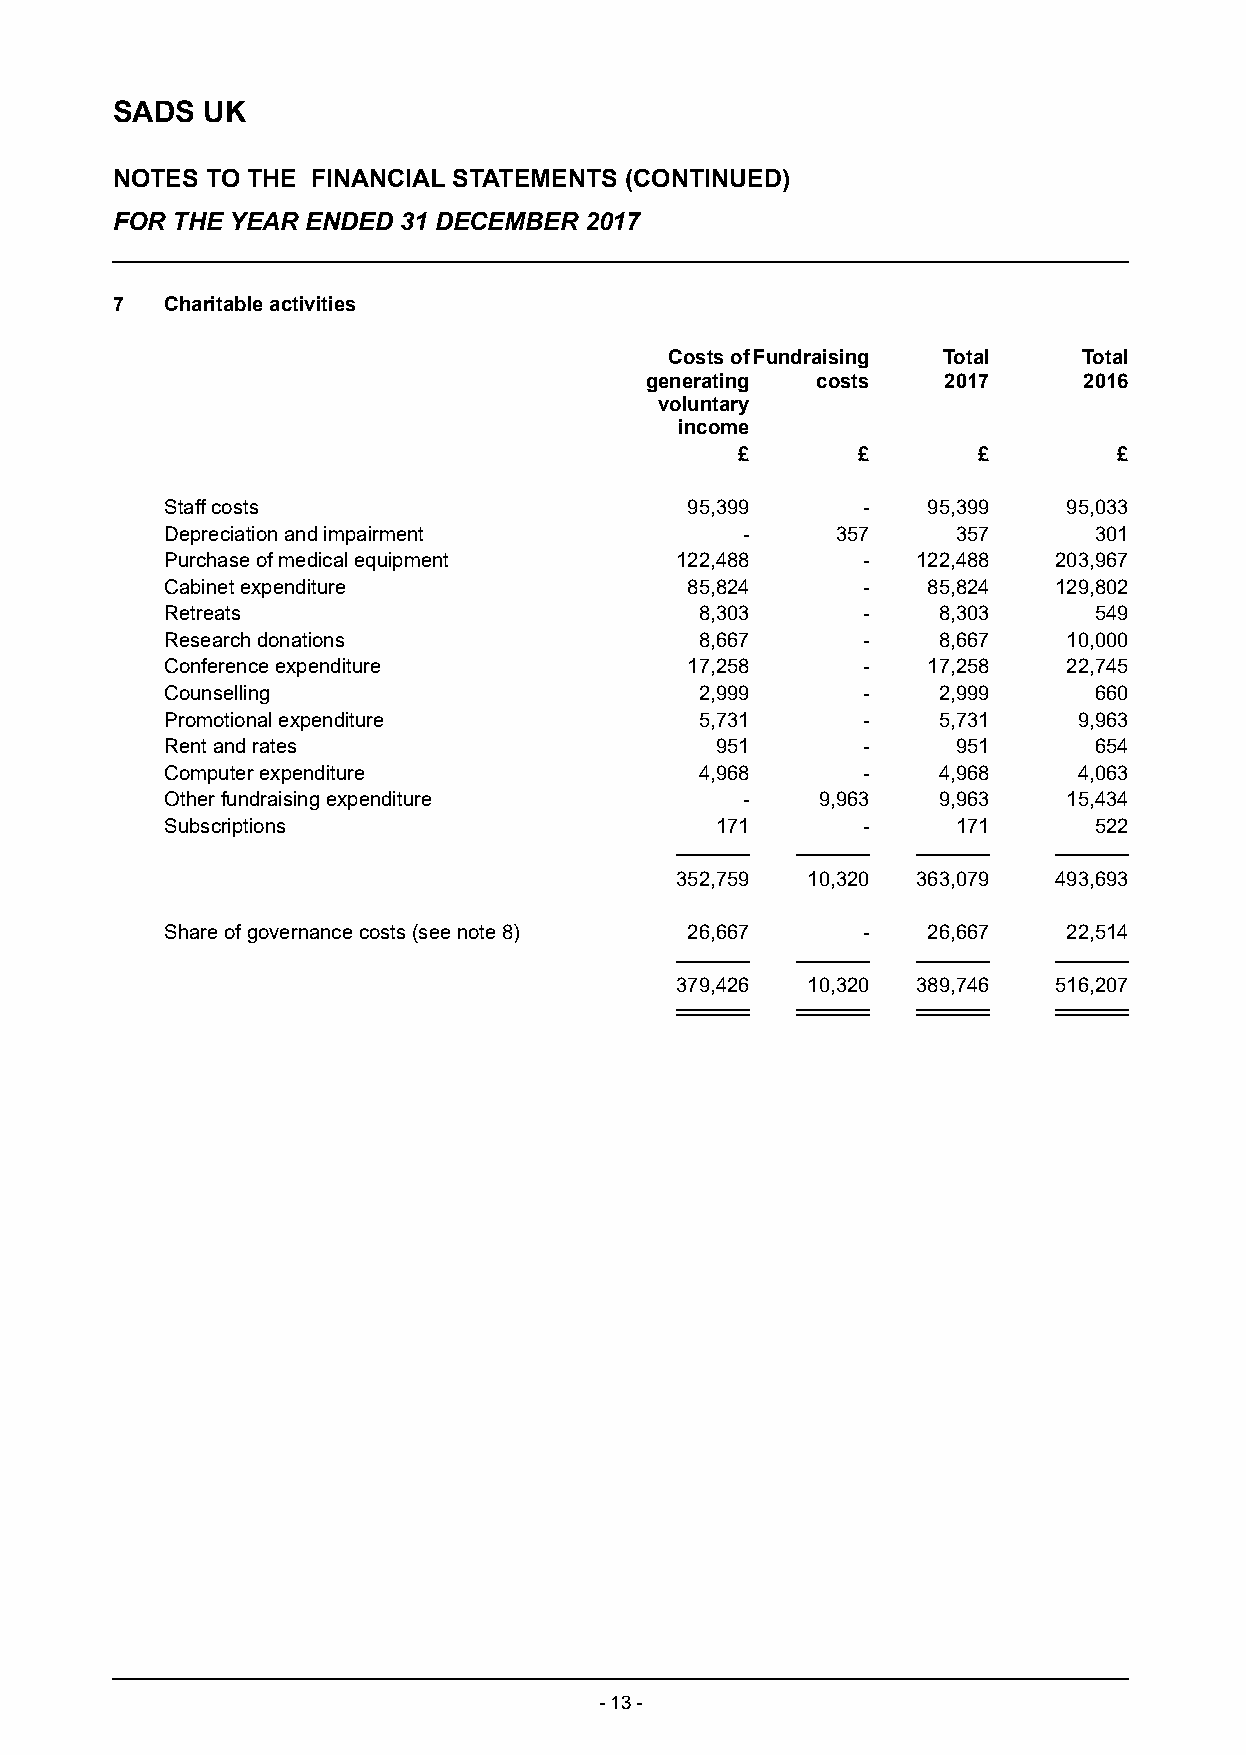
SADS  UK
 NOTES  TO THE FINANCIAL STATEMENTS (CONTINUED)
 FOR THE YEAR ENDED 31 DECEMBER  2017
 7   Charitable activities
 Costs of Fundraising Total  Total
 generating costs   2017      2016
 voluntary
 income
 £       £       £        £
 Staff costs                       95,399      -   95,399    95,033
 Depreciation and impairment           -     357     357      301
 Purchase of medical equipment     122,488     -   122,488  203,967
 Cabinet expenditure               85,824      -   85,824   129,802
 Retreats                           8,303      -    8,303     549
 Research donations                 8,667      -    8,667    10,000
 Conference expenditure            17,258      -   17,258    22,745
 Counselling                        2,999      -    2,999     660
 Promotional expenditure            5,731      -    5,731    9,963
 Rent and rates                      951       -     951      654
 Computer expenditure               4,968      -    4,968    4,063
 Other fundraising expenditure         -    9,963   9,963    15,434
 Subscriptions                       171       -     171      522
 352,759 10,320  363,079  493,693
 Share of governance costs (see note 8) 26,667 -   26,667    22,514
 379,426 10,320  389,746  516,207
 - 13 -